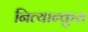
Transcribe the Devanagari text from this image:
नित्यान्कुरा